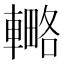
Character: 𨎟